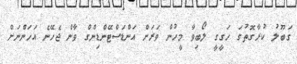
ގަބޫލު ކުރާގޮތުގަ ހަގީގީ ލޯބިވާ މީހުން ވަރަށް އަންޑަސްޓޭންޑިންގް ވާން ޖެހޭނެ އަހަންނަށް